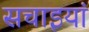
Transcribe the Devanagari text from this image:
सचाइयां